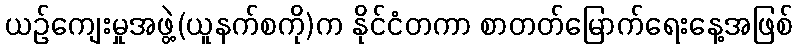
ယဉ်ကျေးမှုအဖွဲ့(ယူနက်စကို)က နိုင်ငံတကာ စာတတ်မြောက်ရေးနေ့အဖြစ်